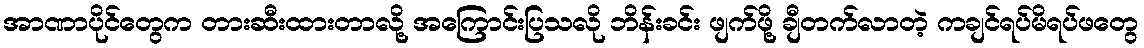
အာဏာပိုင်တွေက တားဆီးထားတာလို့ အကြောင်းပြသလို ဘိန်းခင်း ဖျက်ဖို့ ချီတက်လာတဲ့ ကချင်ရပ်မိရပ်ဖတွေ